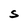
Character: S